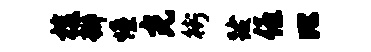
梭瓣憧光街跋僖比